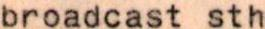
broadcast sth